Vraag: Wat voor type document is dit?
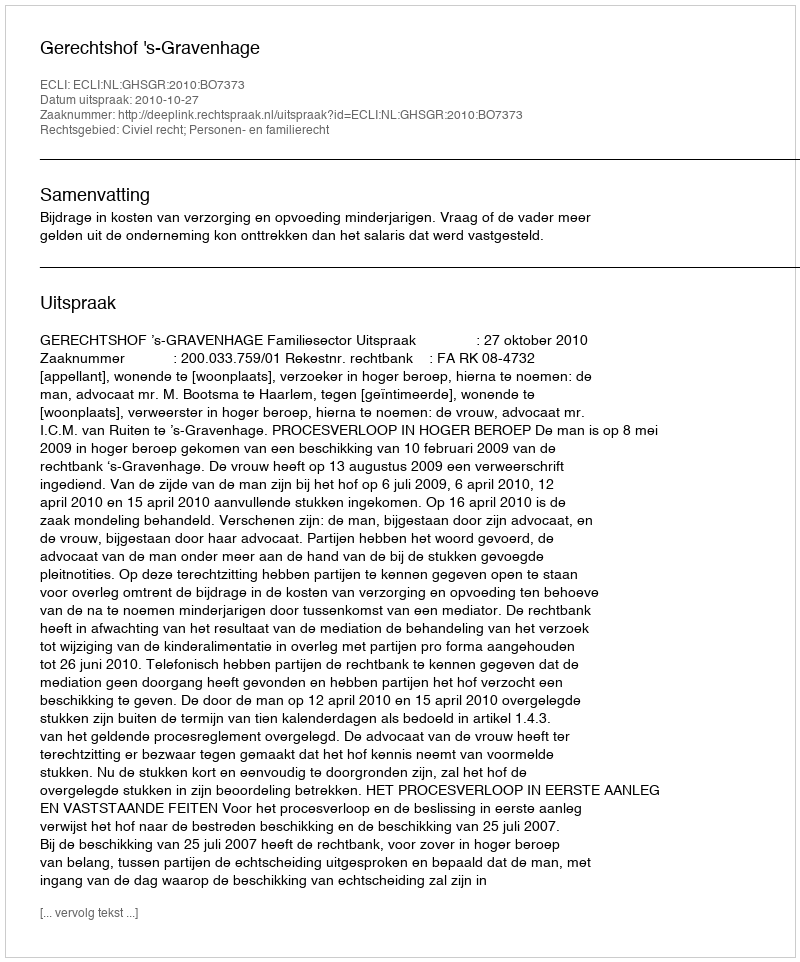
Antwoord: Uitspraak